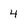
Character: 4